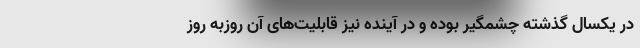
در یکسال گذشته چشمگیر بوده و در آینده نیز قابلیت‌های آن روزبه روز